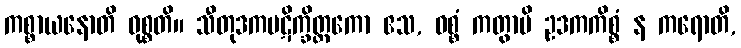
ကစ္စာယနောတိ ဝုစ္စတိ။ သီတုဒကပဋိက္ခိတ္တကော ဧသ, ဝစ္စံ ကတွာပိ ဥဒကကိစ္စံ န ကရောတိ,